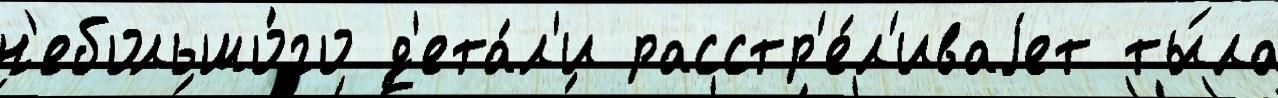
н'ебольшо́го д'ета́л'и расстр'е́л'иваjет ты́ла